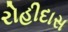
રોહીદાસ